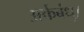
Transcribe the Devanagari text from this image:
अर्कबंधु।